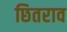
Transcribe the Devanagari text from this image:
छितराव